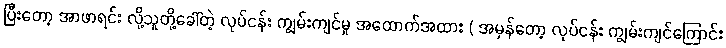
ပြီးတော့ အာဖာရင်း လို့သူတို့ခေါ်တဲ့ လုပ်ငန်း ကျွမ်းကျင်မှု အထောက်အထား ( အမှန်တော့ လုပ်ငန်း ကျွမ်းကျင်ကြောင်း